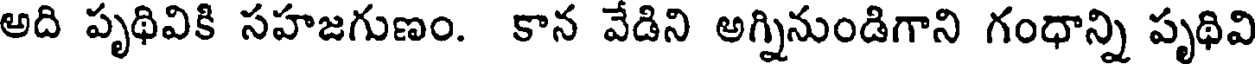
అది పృథివికి సహజగుణం. కాన వేడిని అగ్నినుండిగాని గంధాన్ని పృథివి